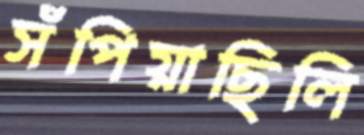
সঁপিয়াছিলি